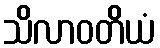
သိလာဝတိယံ